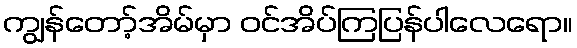
ကျွန်တော့်အိမ်မှာ ဝင်အိပ်ကြပြန်ပါလေရော။